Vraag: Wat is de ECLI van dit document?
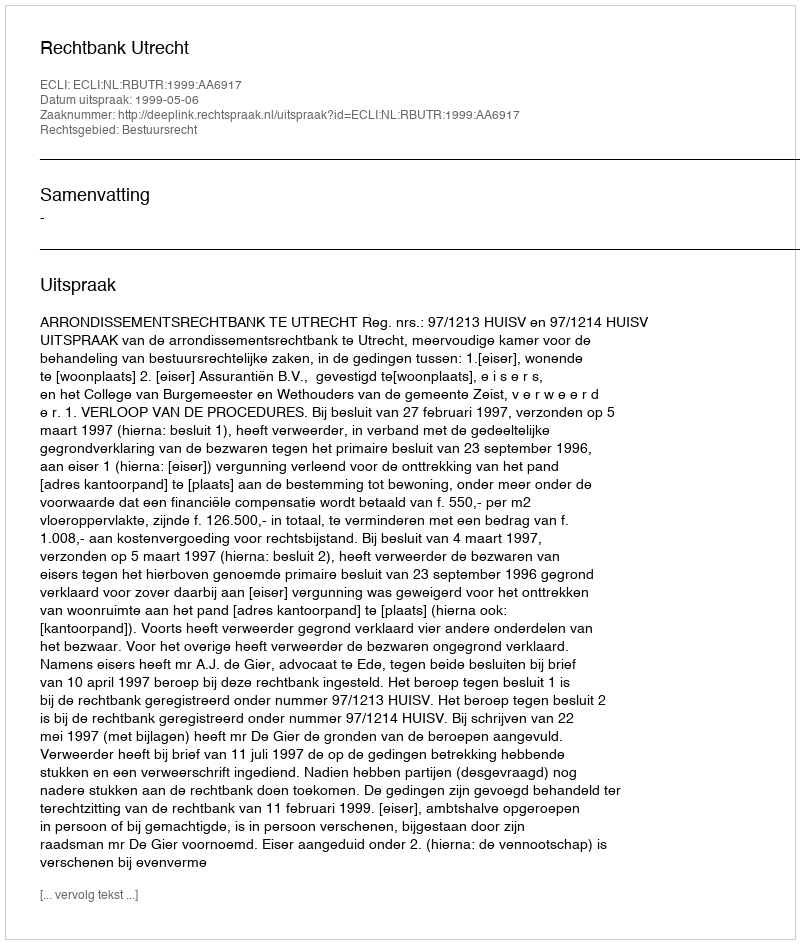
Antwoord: ECLI:NL:RBUTR:1999:AA6917